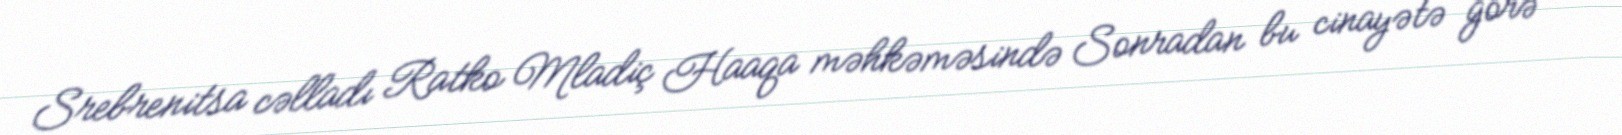
Srebrenitsa cəlladı Ratko Mladiç Haaqa məhkəməsində Sonradan bu cinayətə görə